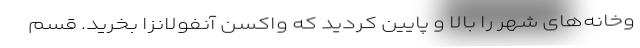
وخانه‌های شهر را بالا و پایین کردید که واکسن آنفولانزا بخرید. قسم